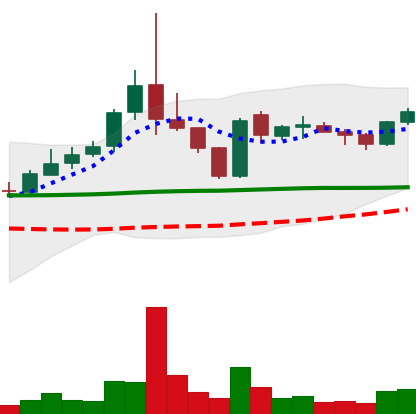
Ticker: TRX-USD
Chart end date: 2019-01-22
Forward return: 10.98%
Label: up_7plus